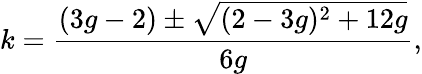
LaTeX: k=\frac{(3g-2)\pm\sqrt{(2-3g)^{2}+12g}}{6g},